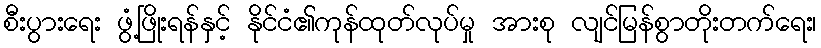
စီးပွားရေး ဖွံ့ဖြိုးရန်နှင့် နိုင်ငံ၏ကုန်ထုတ်လုပ်မှု အားစု လျင်မြန်စွာတိုးတက်ရေး၊